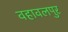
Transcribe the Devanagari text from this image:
वहावलपुर